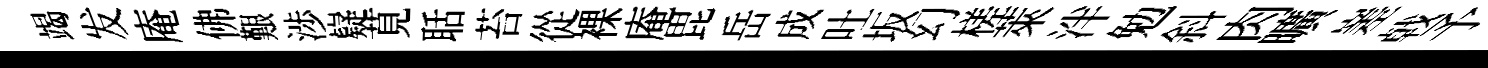
竭发庵佛艱渉嶷莧聒苔從裸庵毘岳成吐坂幻槎萊泮勉斜肉曠嵳㦸予